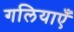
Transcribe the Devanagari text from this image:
गलियाएँ